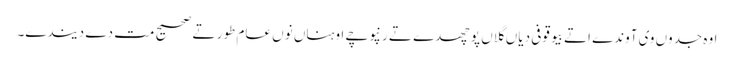
اوہ جدوں وی آوندے اتے بیوقوفی دیاں گلاں پوچھدے تے رنپوچے اوہناں نوں عام طور تے صحیح مت دے دیندے۔